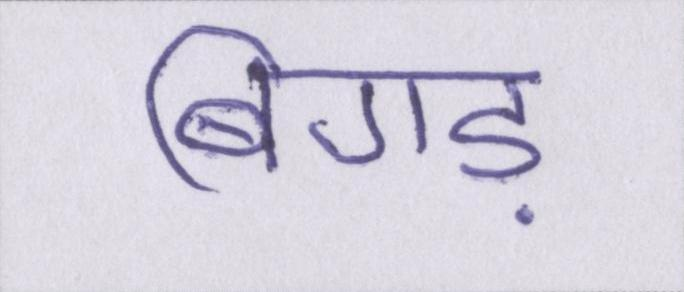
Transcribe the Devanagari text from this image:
बिगड़